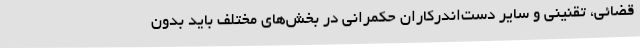
قضائی، تقنینی و سایر دست‌اندرکاران حکمرانی در بخش‌های مختلف باید بدون